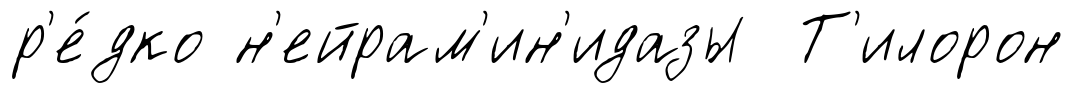
р'е́дко н'ейрам'ин'идазы Т'илорон